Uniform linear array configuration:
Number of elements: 8
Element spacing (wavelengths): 0.5
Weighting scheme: exponential
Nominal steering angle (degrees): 15
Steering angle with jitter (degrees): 15.747
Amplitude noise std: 0.05
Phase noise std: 0.05

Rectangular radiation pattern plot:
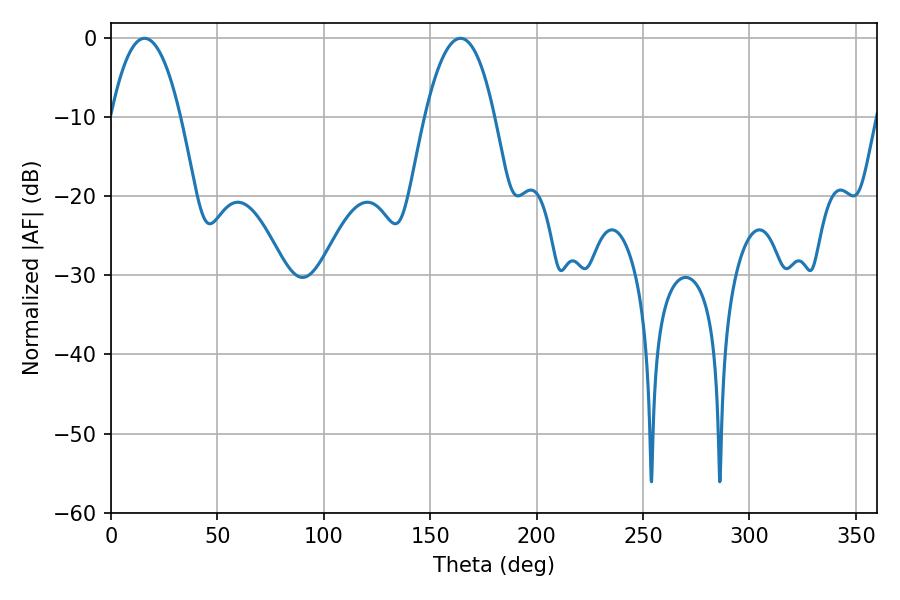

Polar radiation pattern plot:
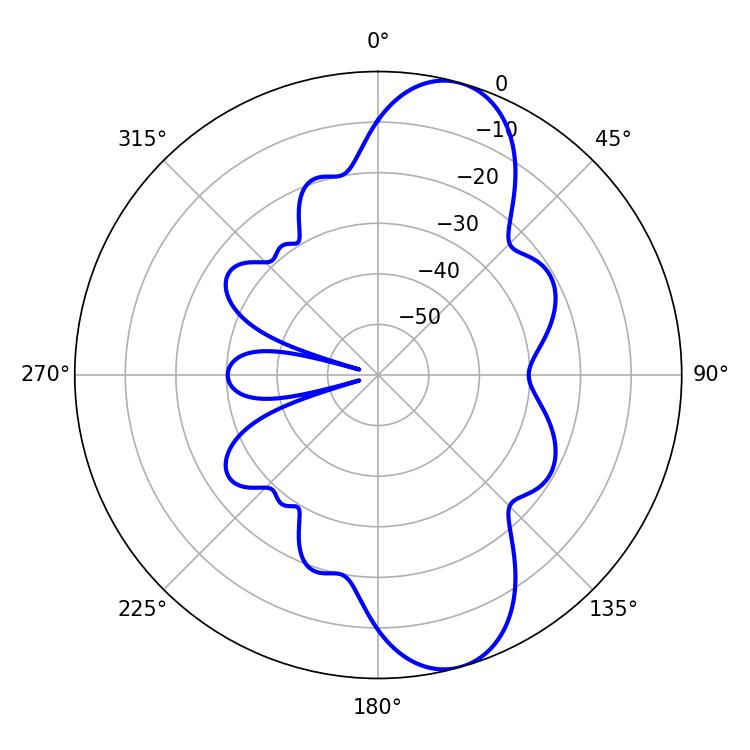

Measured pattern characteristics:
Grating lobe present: FALSE
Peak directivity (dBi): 10.262
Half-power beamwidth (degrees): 18.18
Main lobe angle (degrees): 15.84